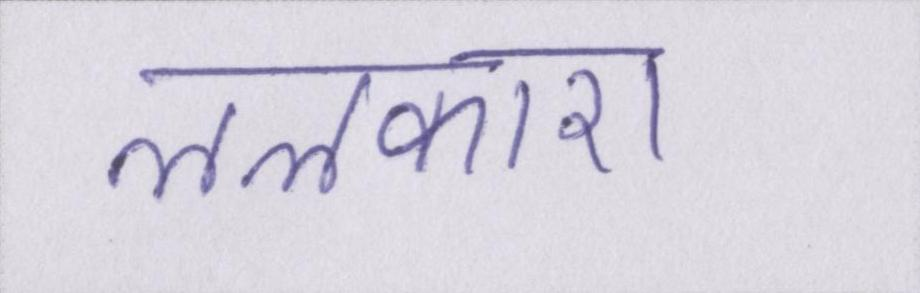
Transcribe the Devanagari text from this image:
ललकारा